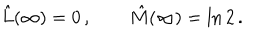
\hat { L } ( \infty ) = 0 \, , \quad \quad \hat { M } ( \infty ) = \ln 2 \, .